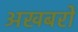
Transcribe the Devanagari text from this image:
अखबरों